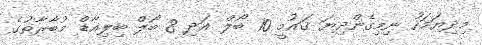
މިދިޔަމަހު ނިމިގެންދިޔަ ޤައުމީ 10 ބޯލް އަދި 8 ބޯލް ބިލިއާޑް މުބާރާތުގެ